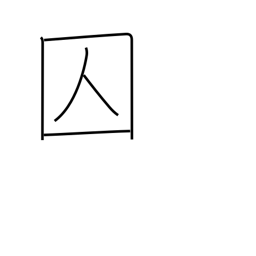
Meaning: criminal